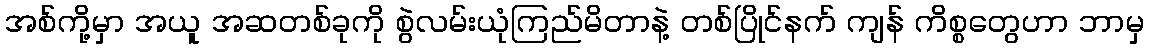
အစ်ကို့မှာ အယူ အဆတစ်ခုကို စွဲလမ်းယုံကြည်မိတာနဲ့ တစ်ပြိုင်နက် ကျန် ကိစ္စတွေဟာ ဘာမှ